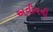
અવીવની